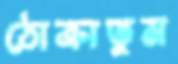
ঠোক্‌রাতুম